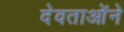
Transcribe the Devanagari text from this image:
देवताओंने